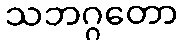
သဘဂ္ဂတော